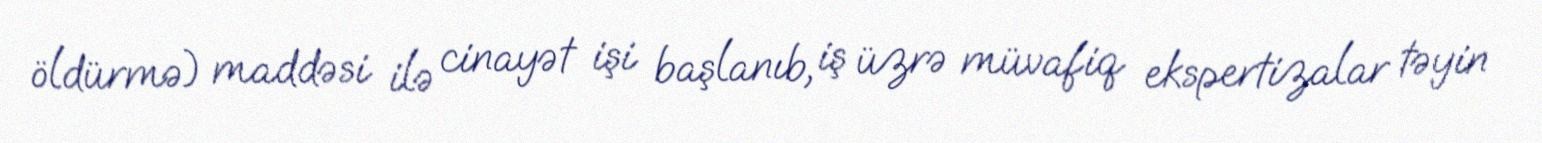
öldürmə) maddəsi ilə cinayət işi başlanıb, iş üzrə müvafiq ekspertizalar təyin